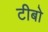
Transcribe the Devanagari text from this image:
टीबो